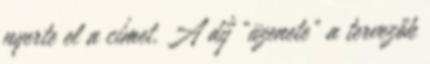
nyerte el a címet. A díj „üzenete” a tervezők